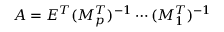
\begin{array} { r } { A = E ^ { T } ( M _ { p } ^ { T } ) ^ { - 1 } \cdots ( M _ { 1 } ^ { T } ) ^ { - 1 } } \end{array}